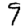
Digit: 9